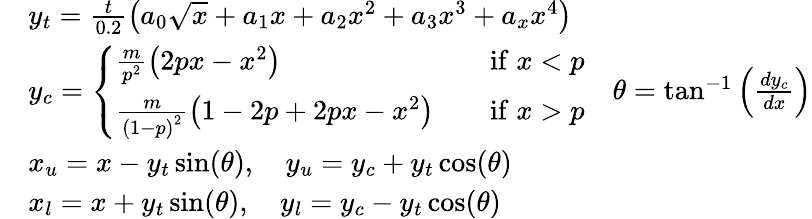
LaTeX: \begin{array}{rlr}&{y_{t}=\frac{t}{0.2}\left(a_{0}\sqrt{x}+a_{1}x+a_{2}x^{2}+a_{3}x^{3}+a_{x}x^{4}\right)}\\ &{y_{c}=\left\{ \begin{array}{ll}{\frac{m}{p^{2}}\left(2px-x^{2}\right)\quad}&{\mathrm{if}\; x<p}\\ {\frac{m}{\left(1-p\right)^{2}}\left(1-2p+2px-x^{2}\right)\quad}&{\mathrm{if}\; x>p}\end{array}\right.}&{\theta=\tan^{-1}\left(\frac{dy_{c}}{dx}\right)}\\ &{x_{u}=x-y_{t}\sin(\theta),\quad y_{u}=y_{c}+y_{t}\cos(\theta)}\\ &{x_{l}=x+y_{t}\sin(\theta),\quad y_{l}=y_{c}-y_{t}\cos(\theta)}\end{array}